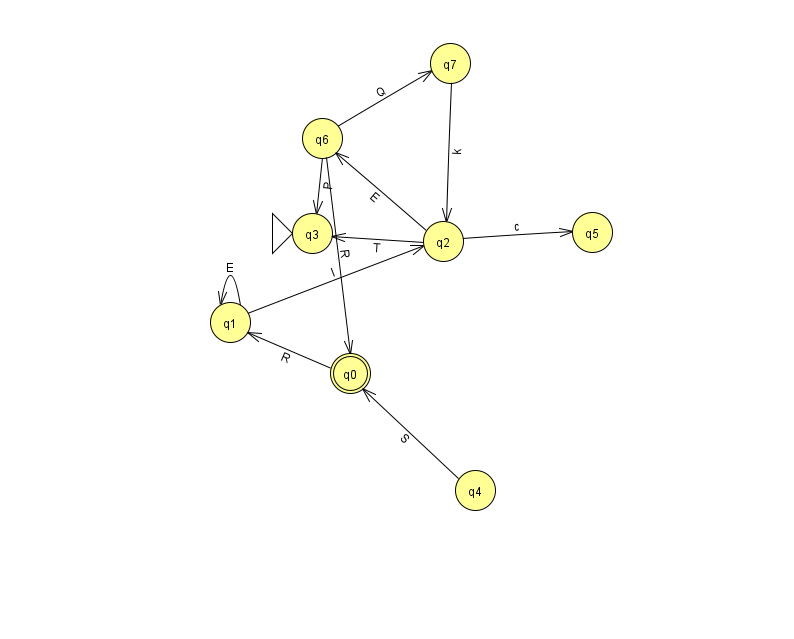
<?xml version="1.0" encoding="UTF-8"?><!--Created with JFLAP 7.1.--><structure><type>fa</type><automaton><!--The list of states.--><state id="0" name="q0"><x>350.0</x><y>360.0</y><final/></state><state id="1" name="q1"><x>230.0</x><y>309.0</y></state><state id="2" name="q2"><x>443.0</x><y>228.0</y></state><state id="3" name="q3"><x>312.0</x><y>220.0</y><initial/></state><state id="4" name="q4"><x>475.0</x><y>477.0</y></state><state id="5" name="q5"><x>592.0</x><y>219.0</y></state><state id="6" name="q6"><x>322.0</x><y>125.0</y></state><state id="7" name="q7"><x>450.0</x><y>50.0</y></state><!--The list of transitions.--><transition><from>6</from><to>7</to><read>Q</read></transition><transition><from>1</from><to>1</to><read>E</read></transition><transition><from>1</from><to>2</to><read>I</read></transition><transition><from>2</from><to>6</to><read>E</read></transition><transition><from>6</from><to>0</to><read>R</read></transition><transition><from>2</from><to>5</to><read>c</read></transition><transition><from>2</from><to>3</to><read>T</read></transition><transition><from>0</from><to>1</to><read>R</read></transition><transition><from>4</from><to>0</to><read>S</read></transition><transition><from>6</from><to>3</to><read>P</read></transition><transition><from>7</from><to>2</to><read>k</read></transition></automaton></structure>